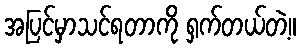
အပြင်မှာသင်ရတာကို ရှက်တယ်တဲ့။